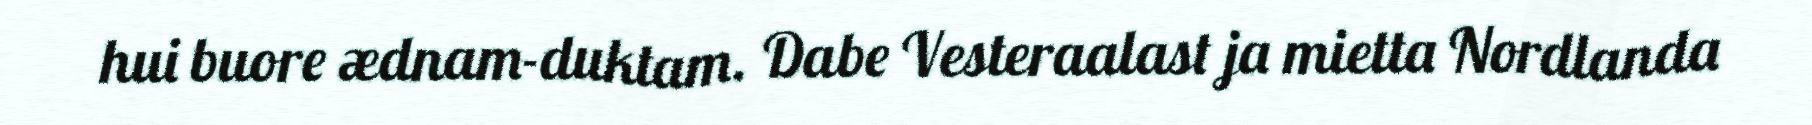
hui buore ædnam-duktam. Dabe Vesteraalast ja mietta Nordlanda